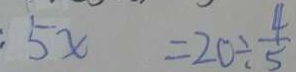
5 x = 2 0 \div \frac { 4 } { 5 }